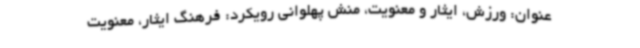
عنوان: ورزش، ایثار و معنویت، منش پهلوانی رویکرد: فرهنگ ایثار، معنویت